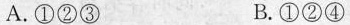
A. ①②③ B. ①②④